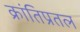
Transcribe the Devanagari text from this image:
क्रांतिप्रतल